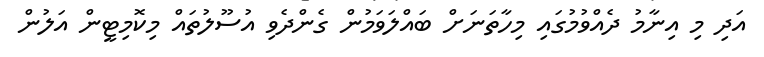
އަދި މި އިނާމު ދެއްވުމުގައި މިހާތަނަށް ބައްލަވަމުން ގެންދެވި އުސޫލުތައް މިކޮމިޓީން އަލުން